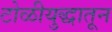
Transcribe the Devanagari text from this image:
टोळीयुद्धातून